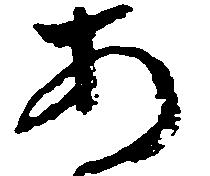
あ